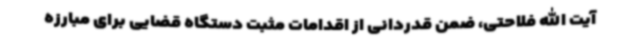
آیت الله فلاحتی، ضمن قدردانی از اقدامات مثبت دستگاه قضایی برای مبارزه